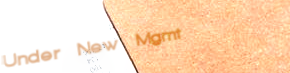
Under New Mgmt